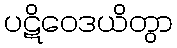
ပဋိဝေဒယိတွာ